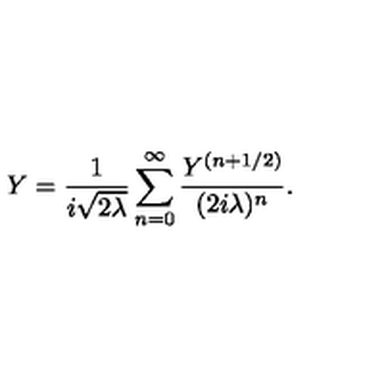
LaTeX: Y = \frac { 1 } { i \sqrt { 2 \lambda } } \sum _ { n = 0 } ^ { \infty } \frac { Y ^ { ( n + 1 / 2 ) } } { ( 2 i \lambda ) ^ { n } } .